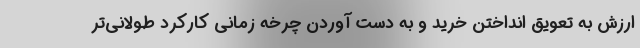
ارزش به تعویق انداختن خرید و به دست آوردن چرخه زمانی کارکرد طولانی‌تر